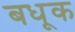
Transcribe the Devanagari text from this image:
बधूक